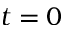
t = 0